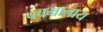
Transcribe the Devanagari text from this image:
पवमानाय